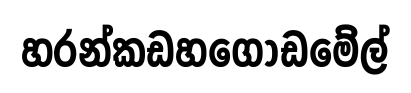
හරන්කඩහගොඩමේල්